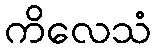
ကိလေသံ